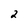
Character: 2